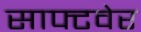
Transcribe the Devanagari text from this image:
साफ्टवेर